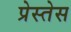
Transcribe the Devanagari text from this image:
प्रेस्तेस